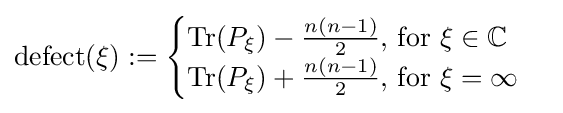
\operatorname {defect} (\xi ):={\begin{cases}\operatorname {Tr} (P_{\xi })-{\frac {n(n-1)}{2}}{\text{, for }}\xi \in \mathbb {C} \\\operatorname {Tr} (P_{\xi })+{\frac {n(n-1)}{2}}{\text{, for }}\xi =\infty \end{cases}}